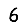
Digit: 6